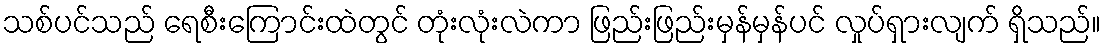
သစ်ပင်သည် ရေစီးကြောင်းထဲတွင် တုံးလုံးလဲကာ ဖြည်းဖြည်းမှန်မှန်ပင် လှုပ်ရှားလျက် ရှိသည်။